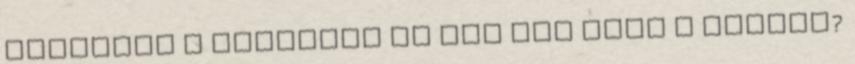
történik a világban és mit hoz majd a holnap?